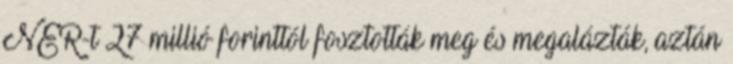
NER-t 27 millió forinttól fosztották meg és megalázták, aztán